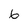
Character: 6